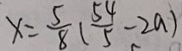
x = \frac { 5 } { 8 } ( \frac { 5 4 } { 5 } - 2 a )